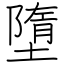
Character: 墮